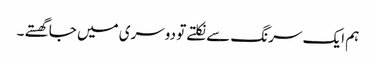
ہم ایک سرنگ سے نکلتے تو دوسری میں جا گھستے ۔